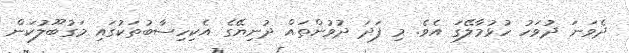
ދެވަނަ ދުވަހު ހުޅުމާލޭގަ އެވެ. މި ފަދަ ދުވުންތައް ދުނިޔޭގެ އެކިހިސާބުތަކުގައި މަގުބޫލުކަން